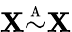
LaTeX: \mathbf{X}{\overset{\underset{\mathrm{{A}}}{}}{\sim}}\mathbf{X}